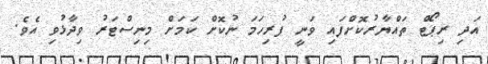
އަދި ރިޕޯޓް ތައްޔާރުކޮށްފައި ވަނީ ފުރިހަމަ ނުކޮށް ކަމަށް މިނިސްޓަރު ވިދާޅުވި އެވެ.